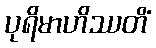
ပုရိမာဟိဿတိံ